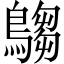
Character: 𪄞